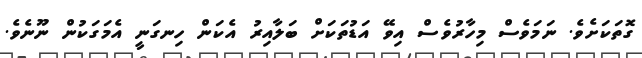
ގޮތަކަށެވެ. ނަމަވެސް މިހާރުވެސް އިވޭ އަޑުތަކަށް ބަލާއިރު އެކަން ހިނގަނީ އެމަގަކުން ނޫނެވެ.